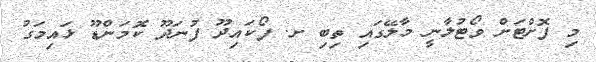
މި ފޮށްޓަށް ވޯޓުލާނީ މާލޭގައި ތިބި ށ. ފޯކައިދޫ ފުނަދޫ ކޮމަންޑޫ ޅައިމަގު